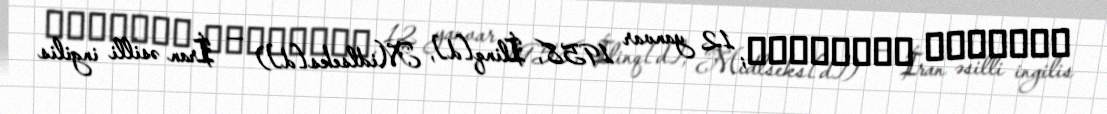
کریستین امان‌پور; 12 yanvar 1958, İlinq[d], Midlseks[d]) — İran əsilli ingilis